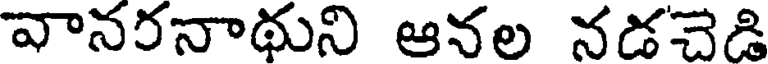
వానరనాథుని ఆనల నడచెడి